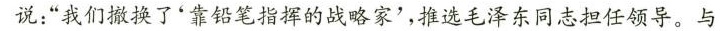
说：”我们撤换了'靠铅笔指挥的战略家'，推选毛泽东同志担任领导。与